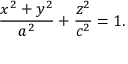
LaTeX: { \frac { x ^ { 2 } + y ^ { 2 } } { a ^ { 2 } } } + { \frac { z ^ { 2 } } { c ^ { 2 } } } = 1 .